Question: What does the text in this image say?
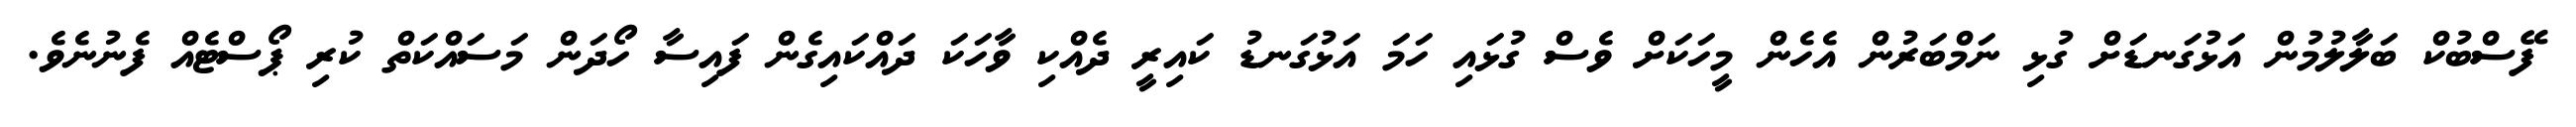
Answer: ފޭސްބުކް ބަލާލުމުން އަޅުގަނޑަށް ގުޅި ނަމްބަރުން އެހެން މީހަކަށް ވެސް ގުޅައި ހަމަ އަޅުގަނޑު ކައިރީ ދެއްކި ވާހަކަ ދައްކައިގެން ފައިސާ ހޯދަން މަސައްކަތް ކުރި ޕޯސްޓެއް ފެނުނެވެ.